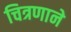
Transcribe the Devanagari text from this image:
चित्रणाने